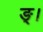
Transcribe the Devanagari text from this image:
ङ्।